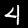
Digit: 4